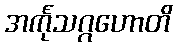
အင်္ကုသဂ္ဂဟောတိ